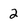
Character: 2